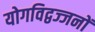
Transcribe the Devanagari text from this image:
योगविद्वज्जनों